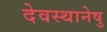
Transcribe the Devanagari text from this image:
देवस्थानेषु